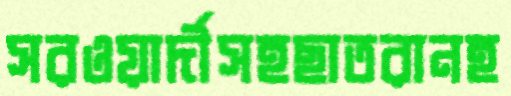
সরওয়ার্দীসহছাতরানহ